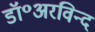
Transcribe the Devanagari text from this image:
डॉ॰अरविन्द